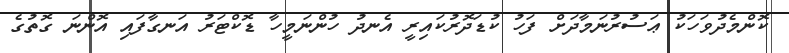
ކޮންމެދުވަހަކު ޢަސުރުނަމާދަށް ފަހު ކުޑަދޮރުކައިރީ އެނދު ހުންނަމީހާ ޑޮކްޓަރު އަނގާފައި އޮންނަ ގޮތުގެ